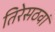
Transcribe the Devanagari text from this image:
तिरेसठवां